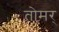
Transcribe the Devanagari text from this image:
तोमर्